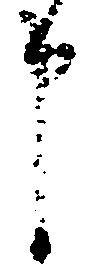
申